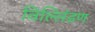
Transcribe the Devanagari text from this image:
विल्लिंडण